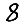
Digit: 8